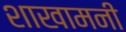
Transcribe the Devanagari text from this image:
शाखामनी